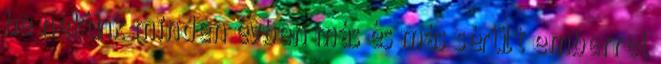
be nekünk minden évben más és más sérült emberrel